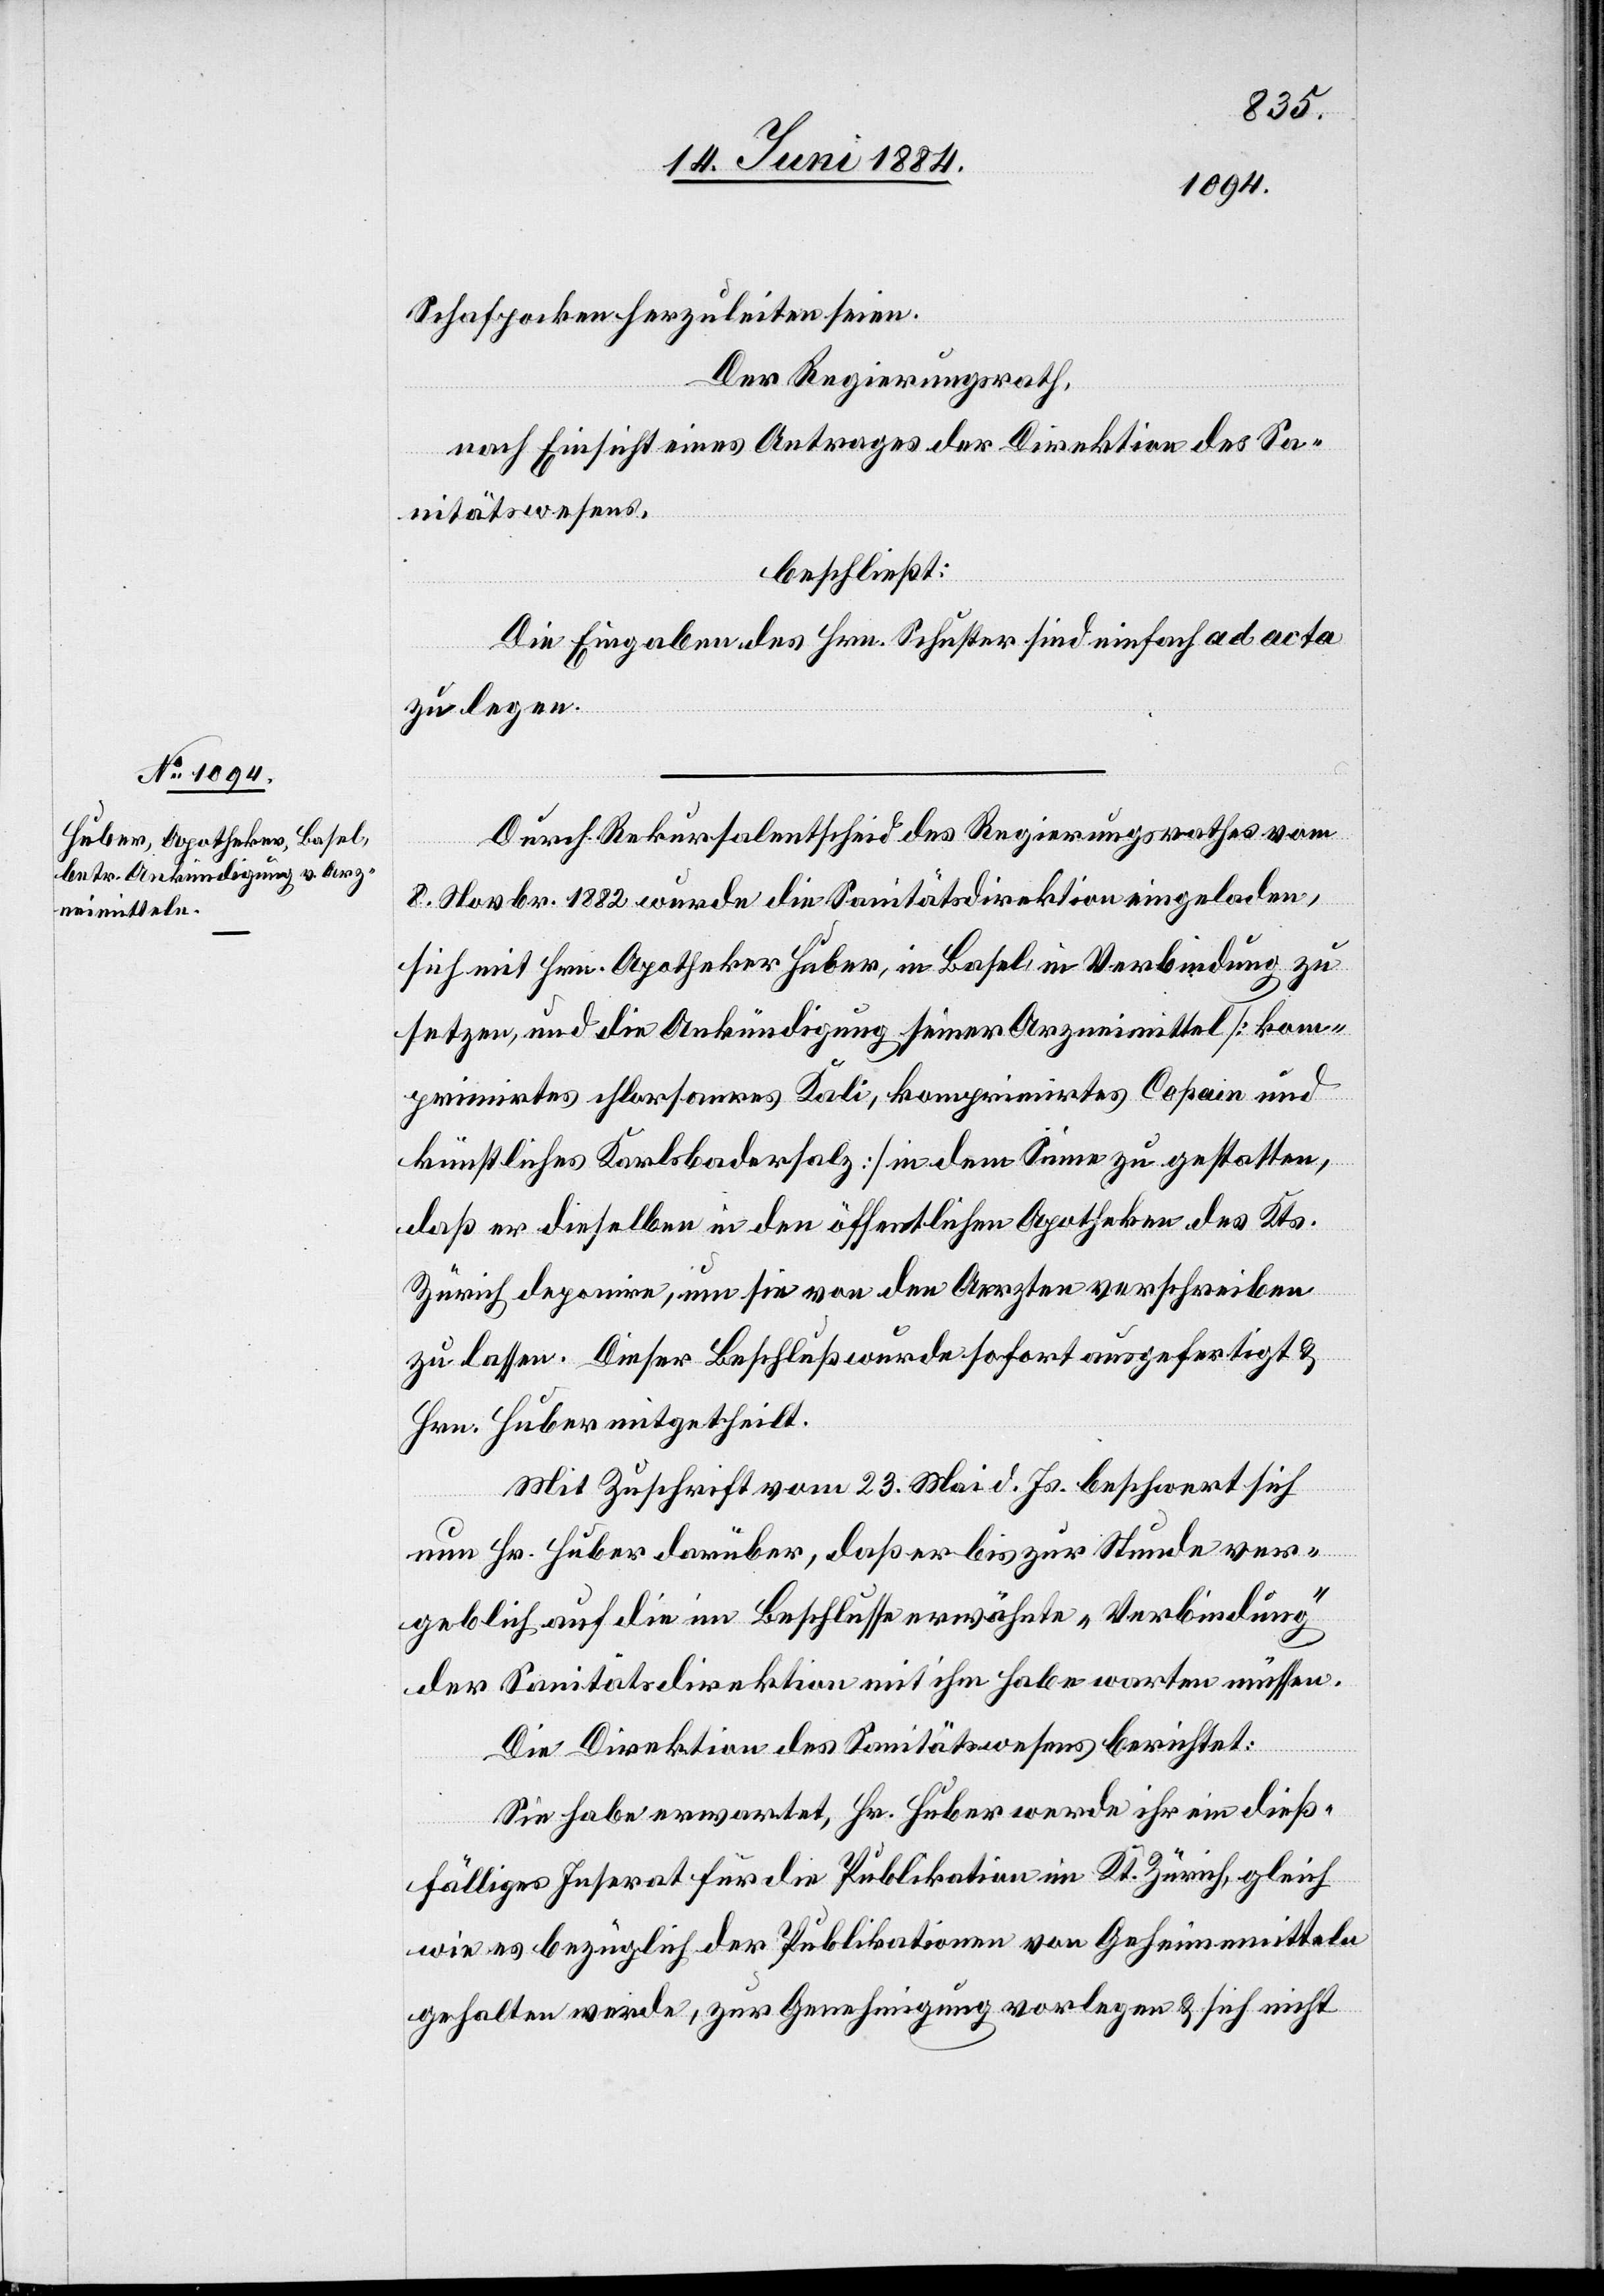
Schafspocken herzuleiten seien.
Der Regierungsrath,
nach Einsicht eines Antrages der Direktion des Sa¬
nitätswesens,
beschließt:
Die Eingaben des Hrn. Schuster sind einfach ad acta
zu legen.
Durch Rekursalentscheid des Regierungsrathes vom
8. Novbr. 1882 wurde die Sanitätsdirektion eingeladen
sich mit Hrn. Apotheker Huber, in Basel, in Verbindung zu
setzten, und die Ankündigung seiner Arzneimittel [kom¬
primirtes chlorsaures Kali, komprimirtes Copain
künstliches Karlsbadersalz] in dem Sinne zu gestatten,
daß er dieselben in den öffentlichen Apotheken des Kts.
Zürich deponire, um sie von den Aerzten verschreiben
zu lassen. Dieser Beschluß wurde sofort ausgefertigt &
Hrn. Huber mitgetheilt.
und
Mit Zuschrift vom 23. Mai d. Js. beschwert sich
nun Hr. Huber darüber, daß er bis zur Stunde ver¬
geblich auf die im Beschlusse erwähnte „Verbindung“
der Sanitätsdirektion mit ihm habe warten müssen.
Die Direktion des Sanitätsrathes berichtet:
Sie habe erwartet, Hr. Huber werde ihr ein dieß¬
fälliges Inserat für die Publikation im Kt. Zürich, gleich
wie es bezüglich der Publikationen von Geheimmitteln
gehalten werde, zur Genehmigung vorlegen & sich nicht